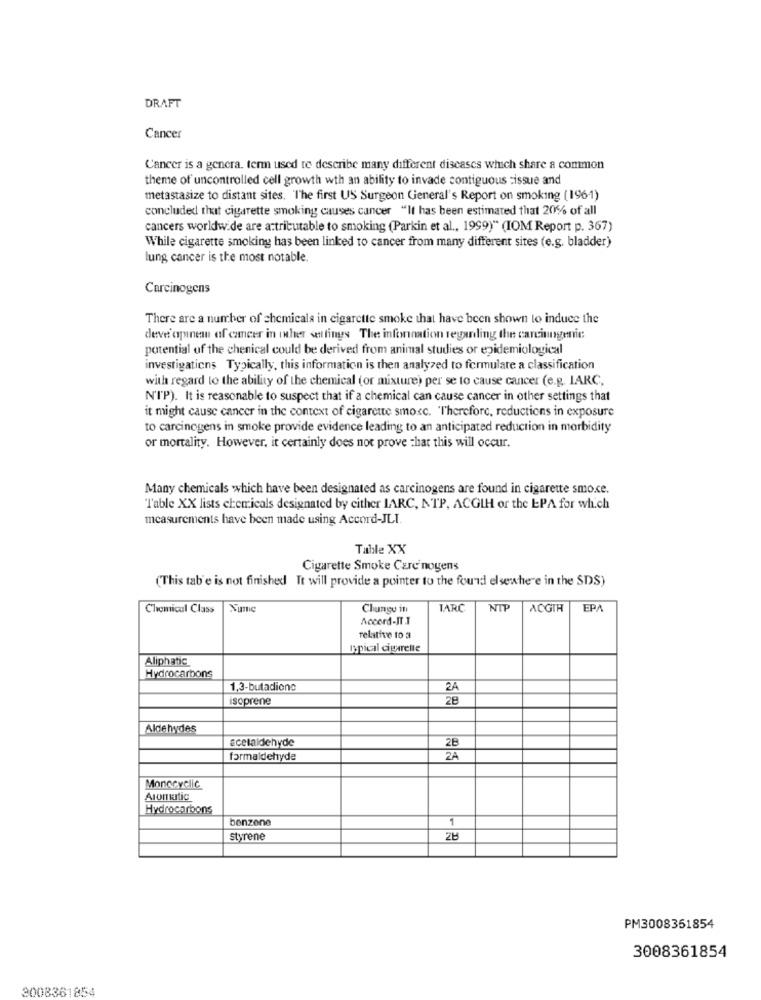
DRAFT
Cancer
Cancer is a genera. term used to describe many different diseases which share a common
theme of uncontrolled cell growth wth an ability to invade contiguous tissue and
metastasize to distant sites. The first US Surgeon General's Report on smoking (1961)
concluded that cigarette smoking causes cancer "It has been estimated that 20% of all
cancers worldwide are attributable to smoking (Parkin et al ., 1999)" (IOM Report p. 367)
While cigarette smoking has been linked to cancer from many different sites (e.g. bladder)
lung cancer is the most notable.
Carcinogens
There are a number of chemicals in cigarette smoke that have been shown to induce the
deve opine of cancer in iher settings The information regarding the carcinogenic
potential of the chenical could be derived from animal studies or epidemiological
investigations Typically, this information is then analyzed to formulate a classification
with regard to the ability of the chemical (or mixture) per se to cause cancer (e.g. IARC,
N'TP). It is reasonable to suspect that if a chemical can cause cancer in other settings that
it might cause cancer in the context of cigarette smoke. Therefore, reductions in exposure
to carcinogens in smoke provide evidence leading to an anticipated reduction in morbidity
or mortality. However, it certainly does not prove that this will occur.
Many chemicals which have been designated as carcinogens are found in cigarette smo.ce.
Table XX lists chemicals designated by either IARC, NTP, ACGIH or the EPA for which
measurements have been made using Accord-JLI.
Table XX
Cigarette Smoke Care nogens
(This tab e is not finished It will provide a pointer to the found elsewhere in the SDS)
Chemical Class
Nume
Chungo in
IARC
NIT
ACGIH
EPA
Accord-JT J
relative to a
Ipical cigarette
Aliphatic
Hydrocarbons
1,3-butadione
2A
isoprene
28
Aldehydes
Ecelaldehyde
2B
formaldehyde
ZA
Monocyelic
Aromatic
Hydrocarbons
benzeno
styrene
28
PM3008351854
3008361854
3008361854